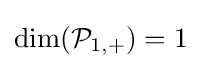
\dim({\mathcal {P}}_{1,+})=1